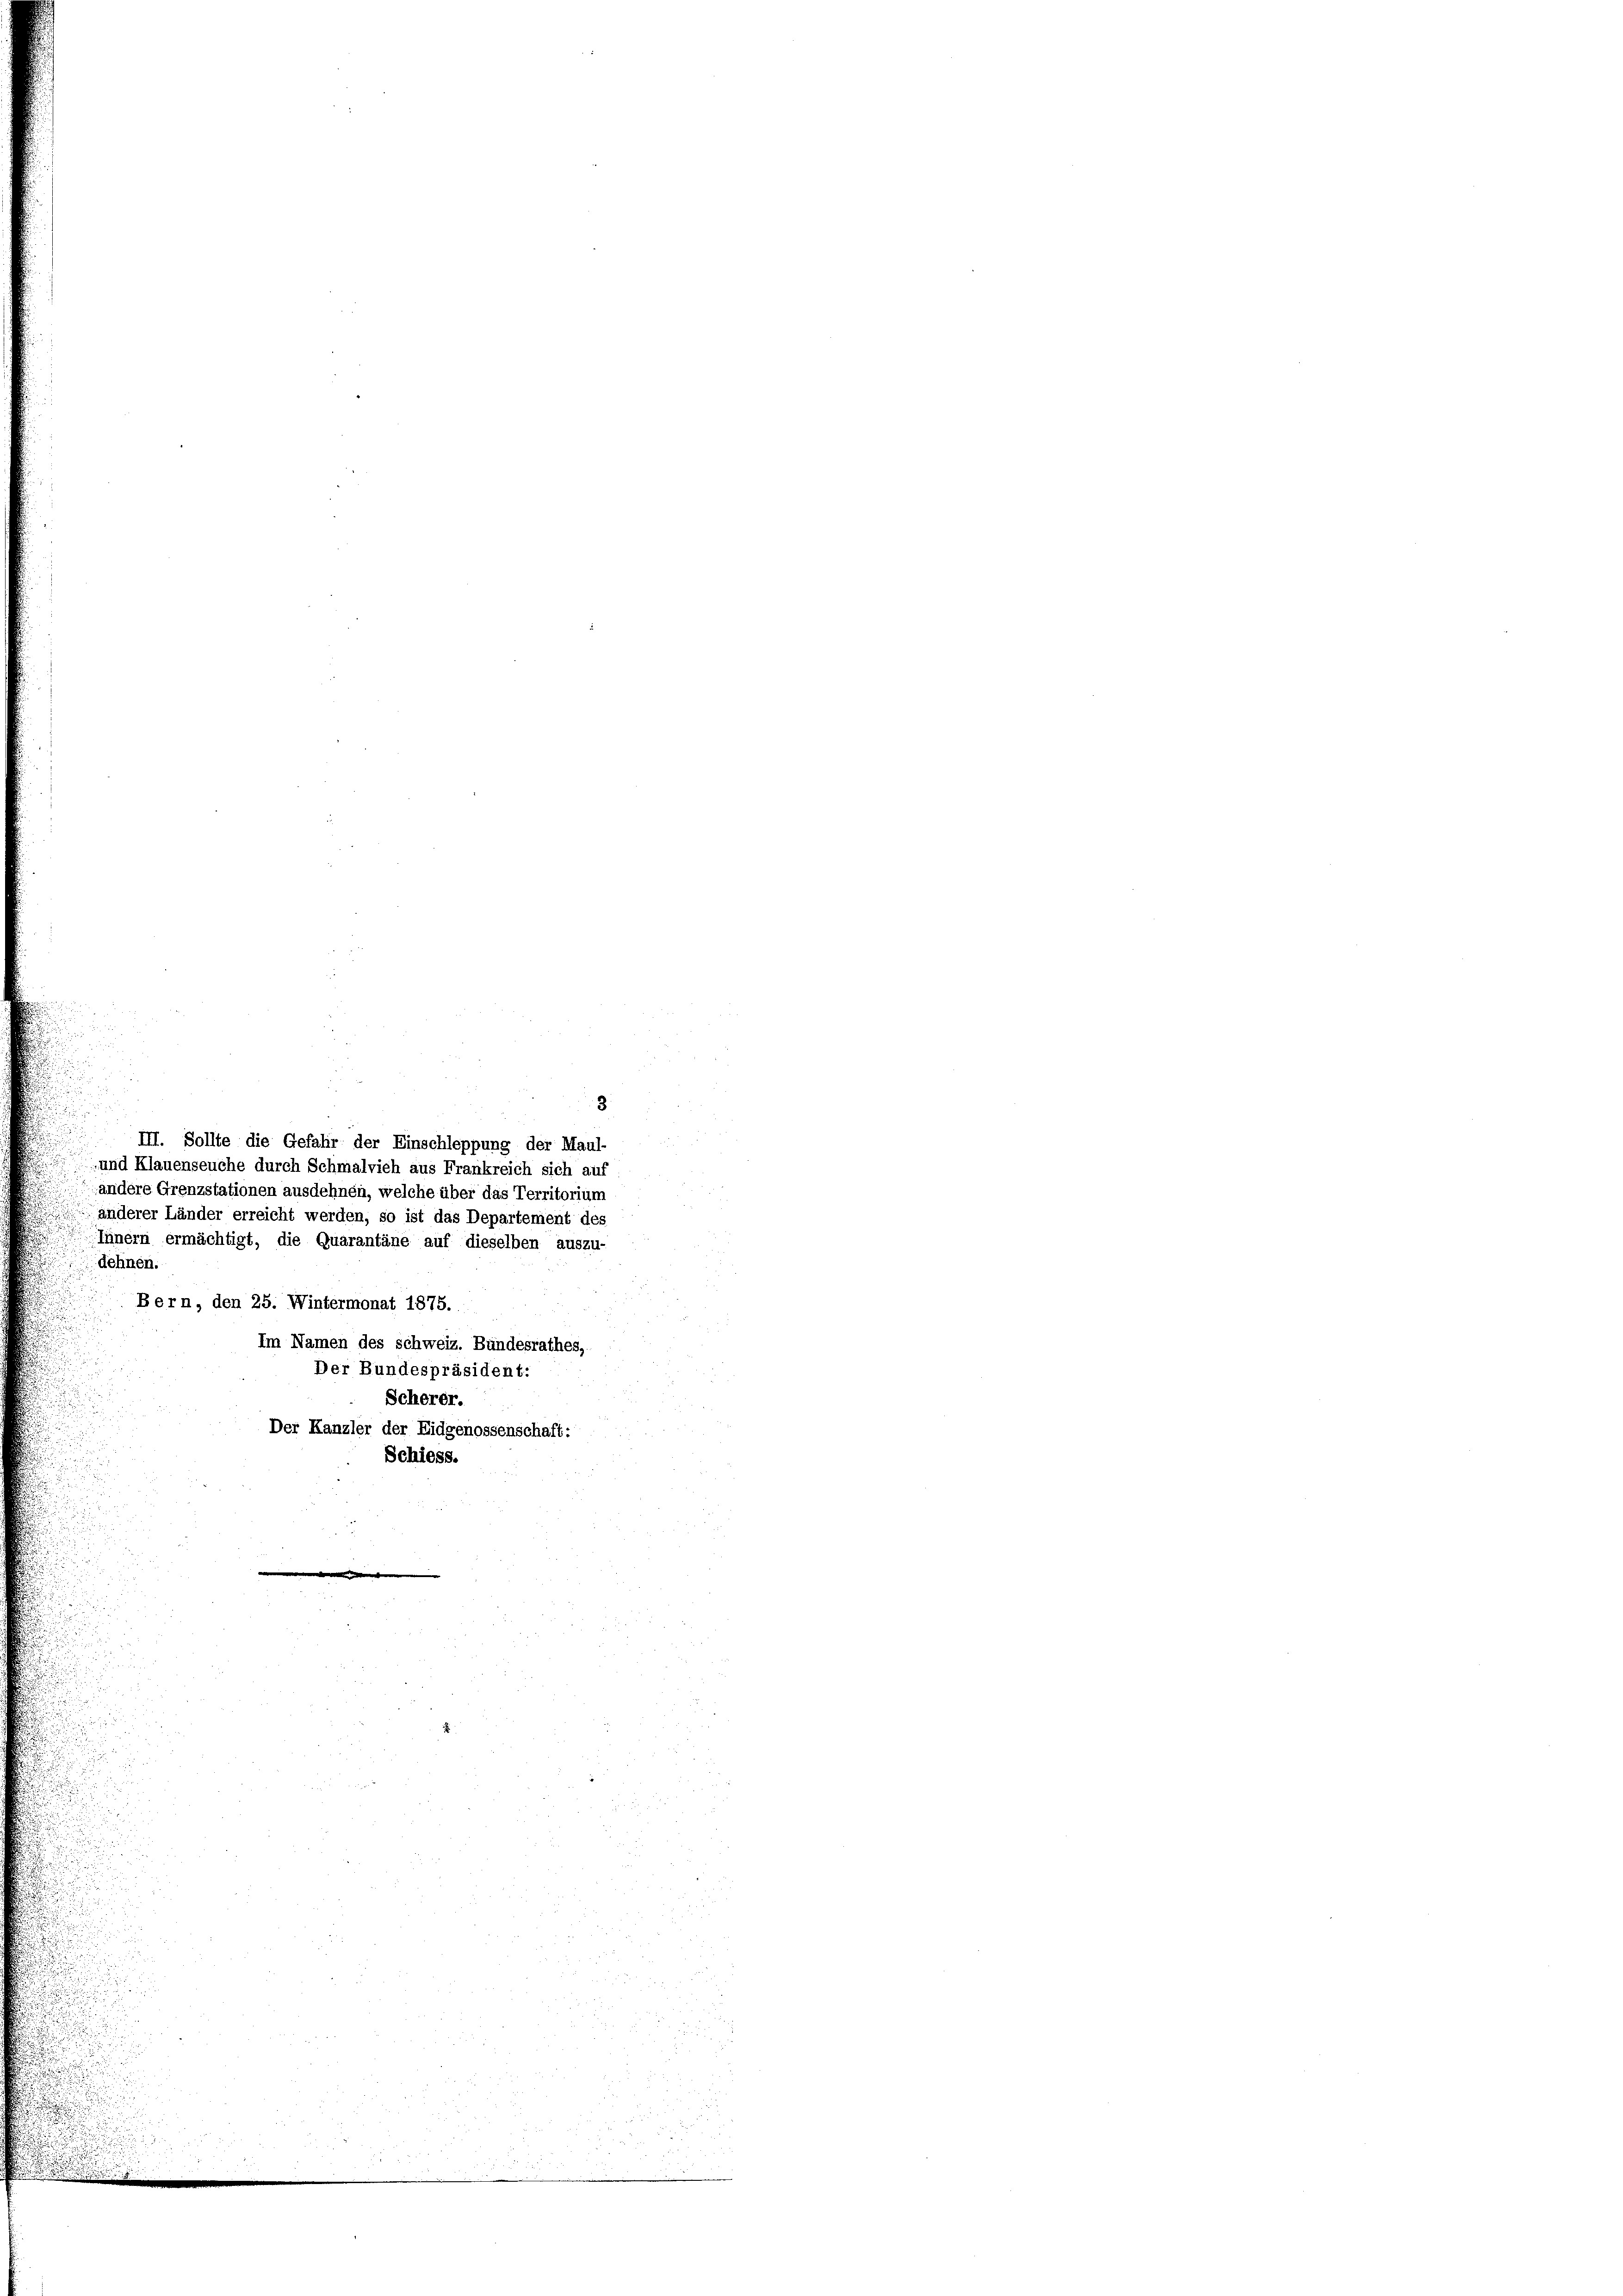
8
III. Sollte die Gefahr der Einschleppung der Maul-
-und Klauenseuche durch Schmalvieh aus Frankreich sich auf
andere Grenzstationen ausdehnen, welche über das Territorium
 anderer Länder erreicht werden, so ist das Departement des
Tünern ermächtigt, die Quarantäne auf dieselben auszu-
u
dehnen.
Bern, den 25. Wintermonat 1875.
Im Namen des Schweiz. Bundesrathes,
Der Bundespräsident:
Scherer.
Der Kanzler der Eidgenossenschaft:
Schiess.

u